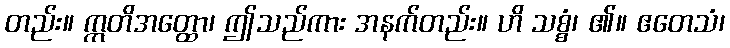
တည်း။ ဣတိအတ္ထော၊ ဤသည်ကား အနက်တည်း။ ဟိ သစ္စံ၊ ၏။ ဧတေသံ၊